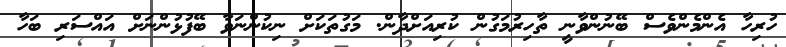
ހުރިހާ އެންމެންވެސް ބޭނުންވާނީ ތާހިރުމަގުން ކުރިއަށްދާން. މަގުތަކަށް ނިކުންނަވާ ބޭފުޅުންނަށް އައްސަރި ބަހާ